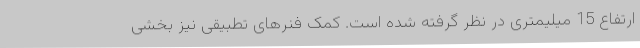
ارتفاع 15 میلیمتری در نظر گرفته شده است. کمک فنرهای تطبیقی نیز بخشی